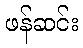
ဖန်ဆင်း